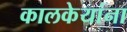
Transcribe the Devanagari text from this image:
कालकेयांना